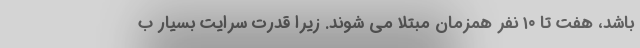
باشد، هفت تا ۱۰ نفر همزمان مبتلا می شوند. زیرا قدرت سرایت بسیار ب